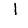
Digit: 1